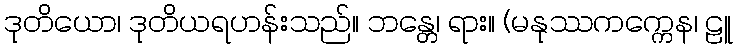
ဒုတိယော၊ ဒုတိယရဟန်းသည်။ ဘန္တေ၊ ရား။ (မနုဿကက္ကေန၊ ဠူ